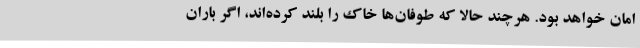
امان خواهد بود. هرچند حالا که طوفان‌ها خاک را بلند کرده‌اند، اگر باران